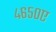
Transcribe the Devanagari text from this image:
४६५०ए